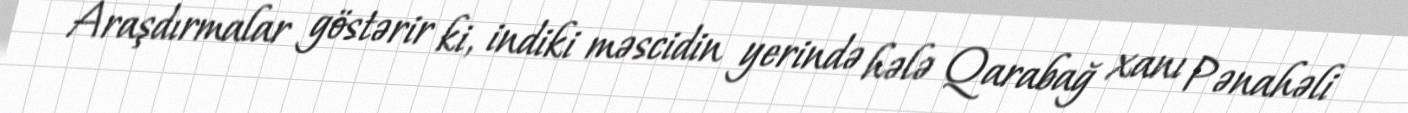
Araşdırmalar göstərir ki, indiki məscidin yerində hələ Qarabağ xanı Pənahəli